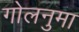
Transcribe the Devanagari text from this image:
गोलनुमा